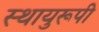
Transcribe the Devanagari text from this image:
स्थायुरूपी